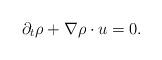
LaTeX: \begin{align*}\partial_t \rho + \nabla \rho \cdot u = 0.\end{align*}